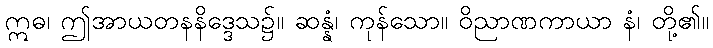
ဣဓ၊ ဤအာယတနနိဒ္ဒေသ၌။ ဆန္နံ၊ ကုန်သော။ ဝိညာဏကာယာ နံ၊ တို့၏။